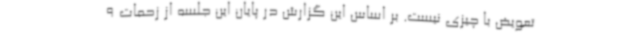
تعویض با چیزی نیست. بر اساس این گزارش در پایان این جلسه از زحمات 9